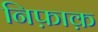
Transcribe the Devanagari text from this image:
निफ़ाक़